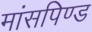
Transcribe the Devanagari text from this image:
मांसपिण्ड